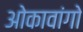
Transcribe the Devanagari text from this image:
ओकावांगो